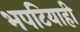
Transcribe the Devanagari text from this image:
भपटियाही